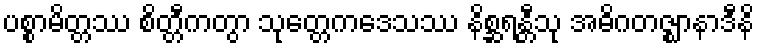
ပစ္စာမိတ္တဿ စိတ္တီကတွာ သုတ္တေကဒေသဿ နိစ္ဆရန္တီသု အဓိဂတဇ္ဈာနာဒီနိ